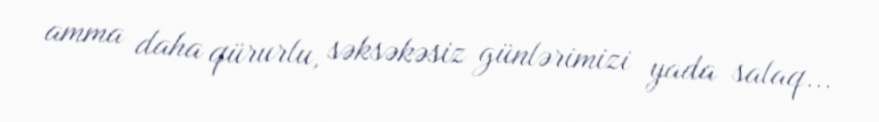
amma daha qürurlu, səksəkəsiz günlərimizi yada salaq...